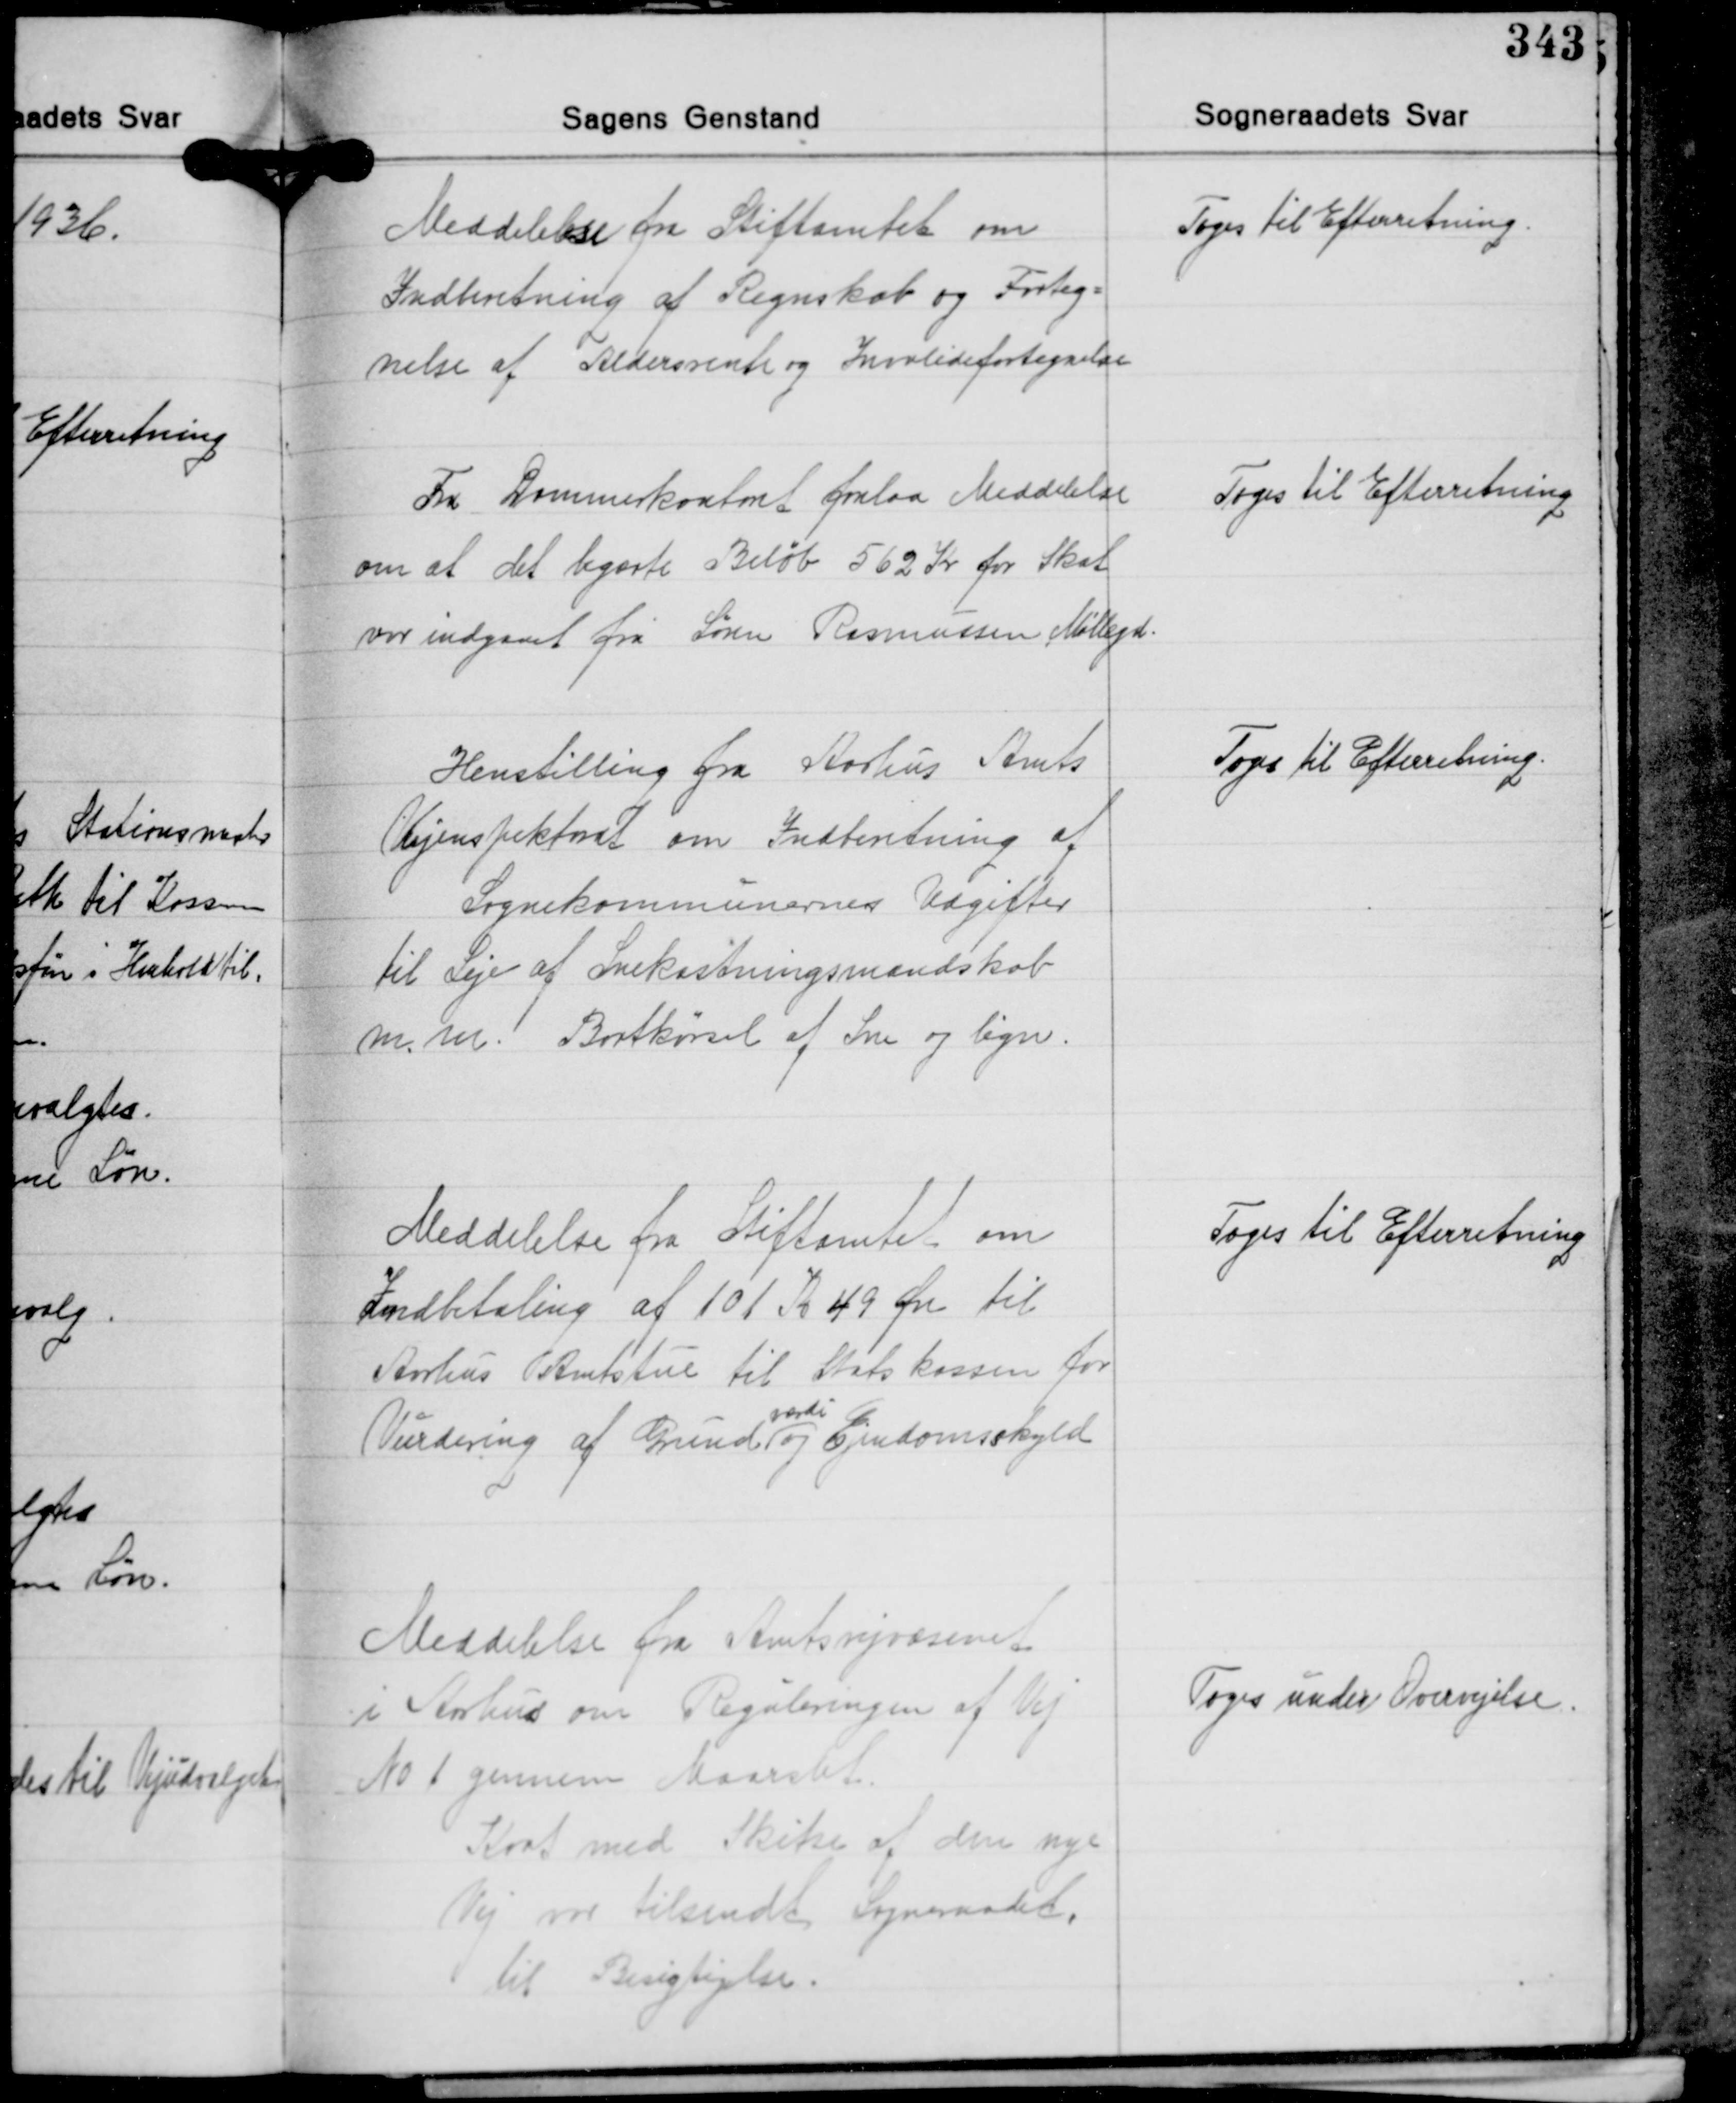
Transskription:
Meddelelse fra Stiftamtet om
Indberetning af Regnskab og Forteg-
nelse af Aldersrente og Invalidefortegnelse

Toges til Efterretning.

Fra Dommerkontoret forelaa Meddelelse
om at det begærte Beløb 562 Kr. for Skat
var indgaaet fra Søren Rasmussen Møllegd.

Toges til Efterretning

Henstilling fra Aarhus Amts
Vejinspektorat om Indberetning af
Sognekommunernes Udgifter
til Leje af Snekastningsmandskab
m.m. Bortkørsel af Sne og lign.

Toges til Efterretning.

Meddelelse fra Stiftamtet om
Indbetaling af 101 Kr. 49 Øre til
Aarhus Amtstue til Statskassen for
værdi
Vurdering af Grund og Ejendomsskyld

Toges til Efterretning

Meddelelse fra Amtsvejvæsenet
i Aarhus om Reguleringen af Vej
No 1 gennem Maarslet.
Kort med Skitse af den nye
Vej var tilsendt Sogneraadet
til Besigtigelse.

Toges under Overvjelse.